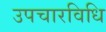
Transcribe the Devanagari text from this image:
उपचारविधि